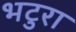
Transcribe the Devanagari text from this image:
भटुरा